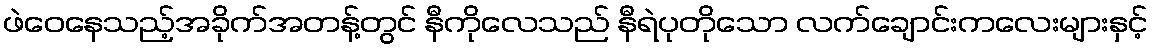
ဖဲဝေနေသည့်အခိုက်အတန့်တွင် နီကိုလေသည် နီရဲပုတိုသော လက်ချောင်းကလေးများနှင့်